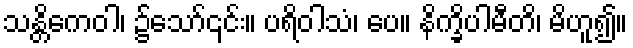
သန္တိကေဝါ၊ ၌သော်၎င်း။ ပရိဝါသံ၊ ပေ။ နိက္ခိပါမီတိ၊ မိဟူ၍။